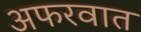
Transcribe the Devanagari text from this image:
अफरवात